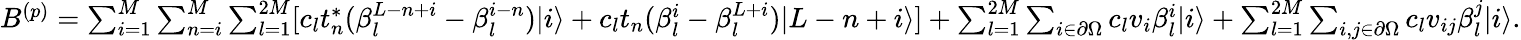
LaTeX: \begin{array}{r}{B^{(p)}=\sum_{i=1}^{M}\sum_{n=i}^{M}\sum_{l=1}^{2M}[c_{l}t_{n}^{\ast}(\beta_{l}^{L-n+i}-\beta_{l}^{i-n})|i\rangle+c_{l}t_{n}(\beta_{l}^{i}-\beta_{l}^{L+i})|L-n+i\rangle]+\sum_{l=1}^{2M}\sum_{i\in\partial\Omega}c_{l}v_{i}\beta_{l}^{i}|i\rangle+\sum_{l=1}^{2M}\sum_{i,j\in\partial\Omega}c_{l}v_{ij}\beta_{l}^{j}|i\rangle.}\end{array}